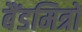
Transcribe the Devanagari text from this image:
बैंडमित्रों